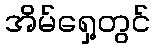
အိမ်ရှေ့တွင်